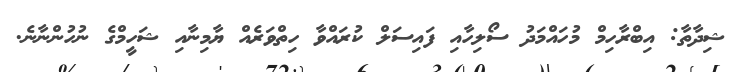
ޝިދާތާ: އިބްރާހިމް މުހައްމަދު ސޯލިހާއި ފައިސަލް ކުރައްވާ ހިތްވަރެއް ޔާމިނާއި ޝަހީމްގެ ނުހުންނާނެ.